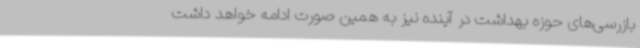
بازرسی‌های حوزه بهداشت در آینده نیز به همین صورت ادامه خواهد داشت